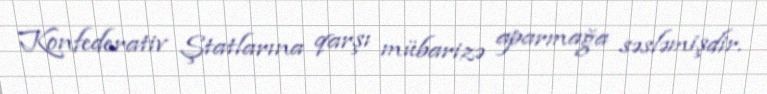
Konfederativ Ştatlarına qarşı mübarizə aparmağa səsləmişdir.